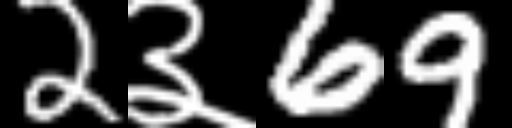
Text: 2३69